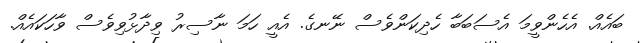
ބައެއް. އެހެންވީމަ އެސަބަބާ ހެދިކަންވެސް ނޭނގެ. އެއީ ހަމަ ނާސިރު ވިދާޅުވިވެސް ވާހަކައެއް.